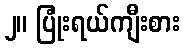
၂။ ပြုံးရယ်ကျီးစား